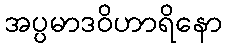
အပ္ပမာဒဝိဟာရိနော